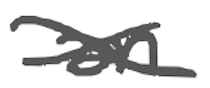
Text: an
Cross-out: cross
Writing tool: digital_gray